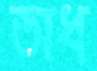
অধ